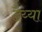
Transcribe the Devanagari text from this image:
ढैय्या